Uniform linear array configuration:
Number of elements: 64
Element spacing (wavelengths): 0.25
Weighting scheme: blackman
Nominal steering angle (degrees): -60
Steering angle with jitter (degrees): -58.113
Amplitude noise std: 0.05
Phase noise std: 0.05

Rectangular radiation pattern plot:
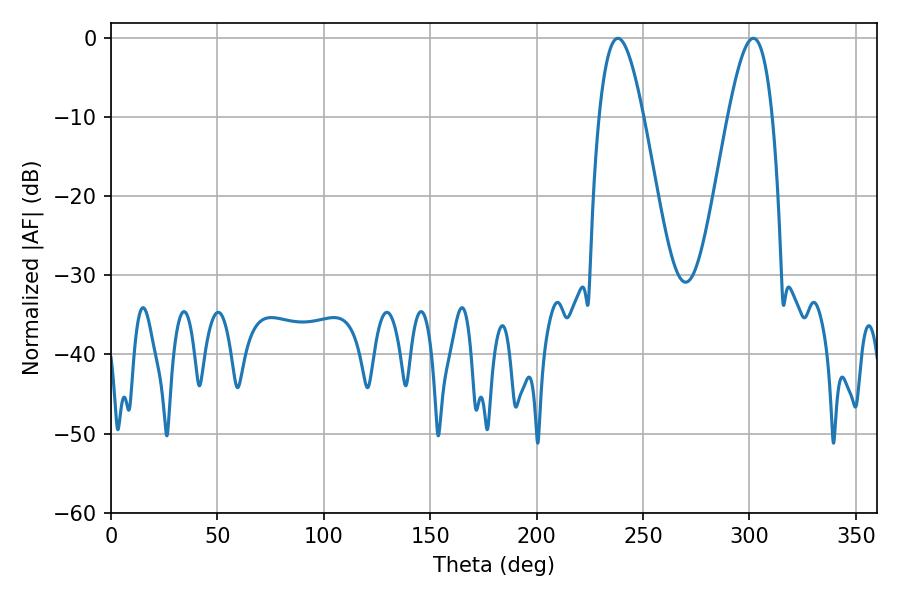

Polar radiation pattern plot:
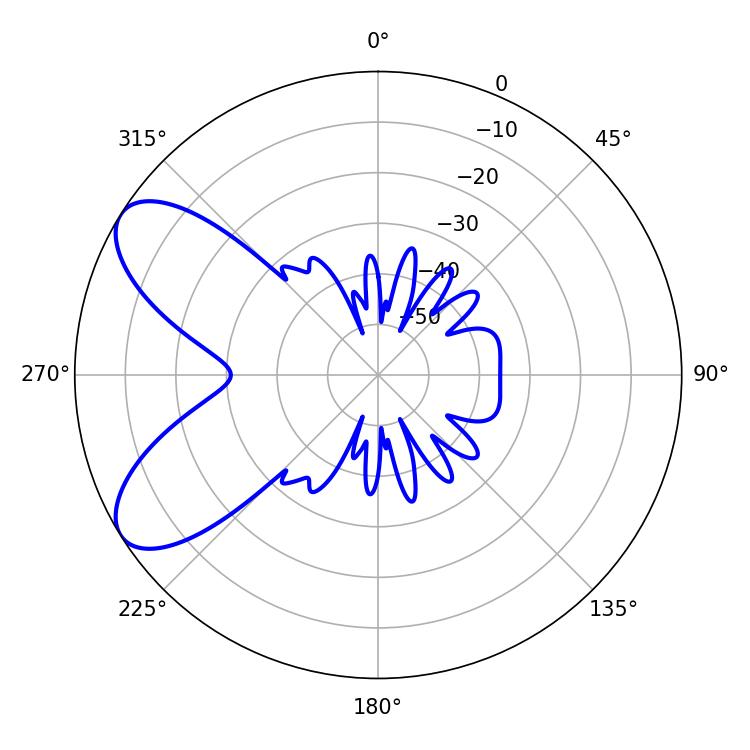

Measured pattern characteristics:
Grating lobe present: FALSE
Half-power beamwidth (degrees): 11.16
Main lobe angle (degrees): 238.14